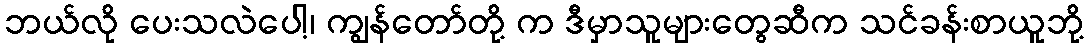
ဘယ်လို ပေးသလဲပေါ့၊ ကျွန်တော်တို့ က ဒီမှာသူများတွေဆီက သင်ခန်းစာယူဘို့